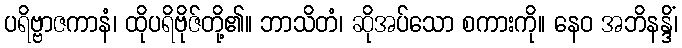
ပရိဗ္ဗာဇကာနံ၊ ထိုပရိဗိုဇ်တို့၏။ ဘာသိတံ၊ ဆိုအပ်သော စကားကို။ နေဝ အဘိနန္ဒိံ၊